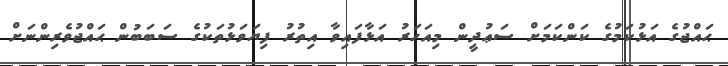
ޙައްޖުގެ އަޅުކަމުގެ ކަންކަމަށް ސަޢުދީން މިއަހަރު އަޅާފައިވާ އިތުރު ފިޔަވަޅުތަކުގެ ސަބަބުން ޙައްޖުވެރިންނަށް